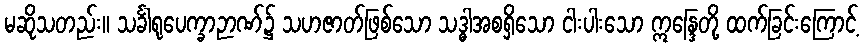
မဆိုသတည်း။ သင်္ခါရုပေက္ခာဉာဏ်၌ သဟဇာတ်ဖြစ်သော သဒ္ဓါအစရှိသော ငါးပါးသော ဣန္ဒြေတို့ ထက်ခြင်းကြောင့်